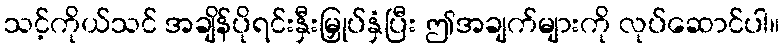
သင့်ကိုယ်သင် အချိန်ပိုရင်းနှီးမြှုပ်နှံပြီး ဤအချက်များကို လုပ်ဆောင်ပါ။